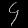
Digit: ၄